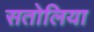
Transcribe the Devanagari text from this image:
सतोलिया